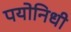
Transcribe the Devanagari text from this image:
पयोनिधी